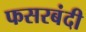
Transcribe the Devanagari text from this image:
फसरबंदी